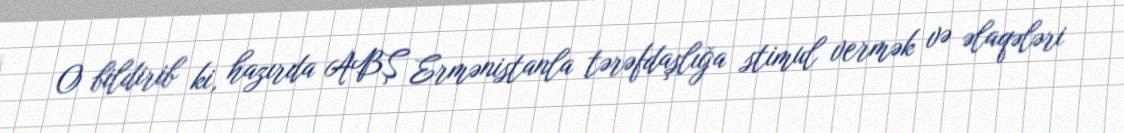
O bildirib ki, hazırda ABŞ Ermənistanla tərəfdaşlığa stimul vermək və əlaqələri